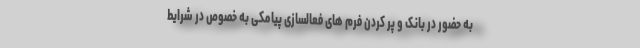
به حضور در بانک و پر کردن فرم های فعالسازی پیامکی به خصوص در شرایط